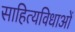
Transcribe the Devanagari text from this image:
साहित्यविधाओं